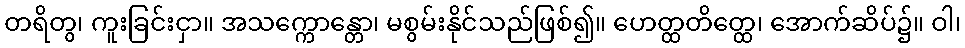
တရိတွ၊ ကူးခြင်းငှာ။ အသက္ကောန္တော၊ မစွမ်းနိုင်သည်ဖြစ်၍။ ဟေတ္ထတိတ္ထေ၊ အောက်ဆိပ်၌။ ဝါ၊